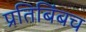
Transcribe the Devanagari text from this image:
प्रतिबिंबच